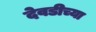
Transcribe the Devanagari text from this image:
देवडीच्या